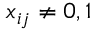
x _ { i j } \neq 0 , 1